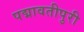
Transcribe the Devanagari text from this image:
पद्मावतीपुरी